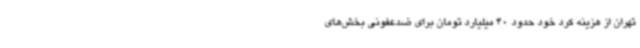
تهران از هزینه کرد خود حدود 40 میلیارد تومان برای ضدعفونی بخش‌های